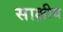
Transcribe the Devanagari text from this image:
साक्षीय